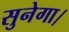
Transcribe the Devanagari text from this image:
सुनेगा।